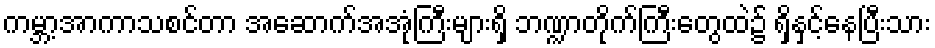
ကမ္ဘာ့အာကာသစင်တာ အဆောက်အအုံကြီးများရှိ ဘဏ္ဍာတိုက်ကြီးတွေထဲ၌ ရှိနှင့်နေပြီးသား